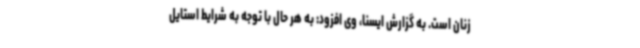
زنان است. به گزارش ایسنا، وی افزود: به هر حال با توجه به شرایط استایل